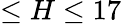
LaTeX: \leq H\leq 17